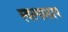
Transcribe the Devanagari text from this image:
स्वल्पालाप